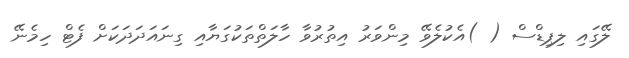
ލޭގައި ލިޕިޑްސް ( )އެކުލެވޭ މިންވަރު އިތުރުވާ ހާލަތްތަކުގަޔާއި ގިނައަދަދަކަށް ފެޓް ހިމެނޭ